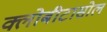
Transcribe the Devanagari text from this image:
क्लोबीटासोल